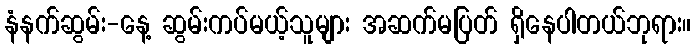
နံနက်ဆွမ်း-နေ့ ဆွမ်းကပ်မယ့်သူများ အဆက်မပြတ် ရှိနေပါတယ်ဘုရား။